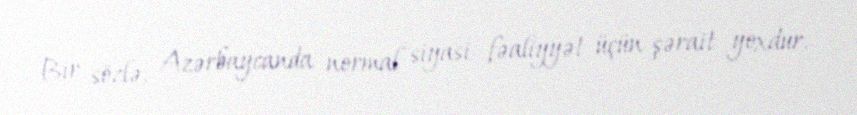
Bir sözlə, Azərbaycanda normal siyasi fəaliyyət üçün şərait yoxdur.